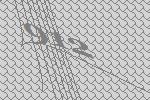
912